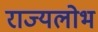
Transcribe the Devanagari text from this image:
राज्यलोभ